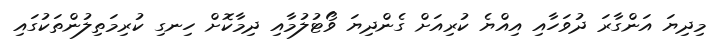
މިދިޔަ އަންގާރަ ދުވަހާއި އިއްޔެ ކުރިއަށް ގެންދިޔަ ވޯޓުލުމާއި ދިމާކޮށް ހިނގި ކުރިމަތިލުންތަކުގައި